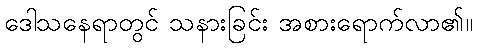
ဒေါသနေရာတွင် သနားခြင်း အစားရောက်လာ၏။